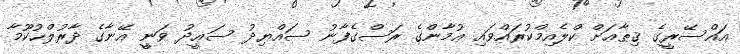
އައްސޭރީގެ ޤިޠާޢަށް ކްލެއިމްކުރައްވައި ޢުމާންގެ ރަސްގެފާނު ސައްޔިދު ސަޢީދު ވަނީީ އޭނާގެ ދާރުލްޙުކޫމާ